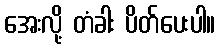
အေးလို့ တံခါး ပိတ်ပေးပါ။